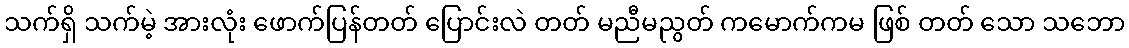
သက်ရှိ သက်မဲ့ အားလုံး ဖောက်ပြန်တတ် ပြောင်းလဲ တတ် မညီမညွတ် ကမောက်ကမ ဖြစ် တတ် သော သဘော